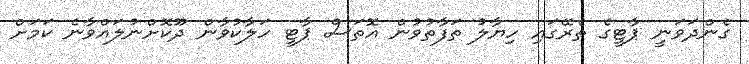
ގެންދަވަނީ ޕާޓީގެ ތެރޭގައި ހިޔާލު ތަފާތުވުން އޮތަސް ޕާޓީ ހަލާކުވާން ދޫކޮށްނުލައްވާނެ ކަަމަށް